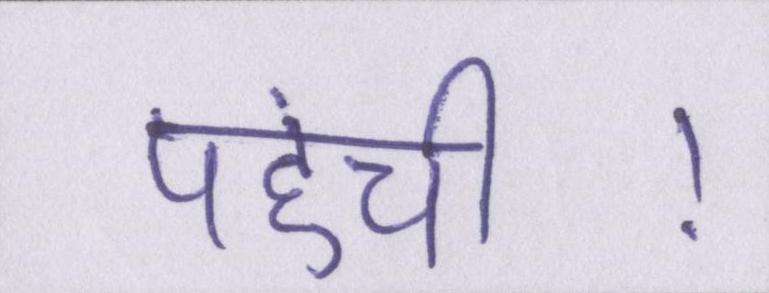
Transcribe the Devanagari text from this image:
पहुंची।